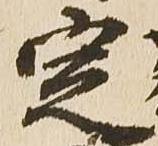
定